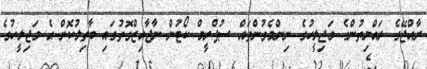
ރާއްޖޭގެ ރައްޔިތުންގެ މަޖިލީހުގެ ނިންމެވުންތައް ސުޕްރީމް ކޯޓުން ނާޖާއިޒްގޮތުގައި ބާތިލުކޮށް އެ މަޖިލީހުގެ